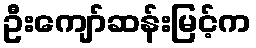
ဦးကျော်ဆန်းမြင့်က